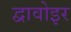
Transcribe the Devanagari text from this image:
द्वावोइर